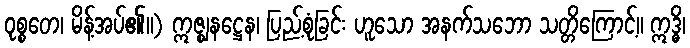
ဝုစ္စတေ၊ မိန့်အပ်၏။) ဣဇ္ဈနဋ္ဌေန၊ ပြည့်စုံခြင်း ဟူသော အနက်သဘော သတ္တိကြောင့်။ ဣဒ္ဓိ၊